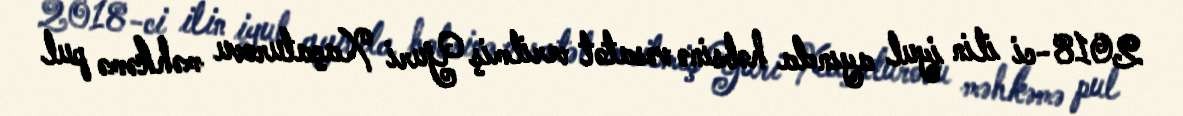
2018-ci ilin iyul ayında həbsinə vəsatət verilmiş Yuri Xaçaturovu məhkəmə pul